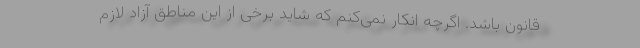
قانون باشد. اگرچه انکار نمی‌کنم که شاید برخی از این مناطق آزاد لازم